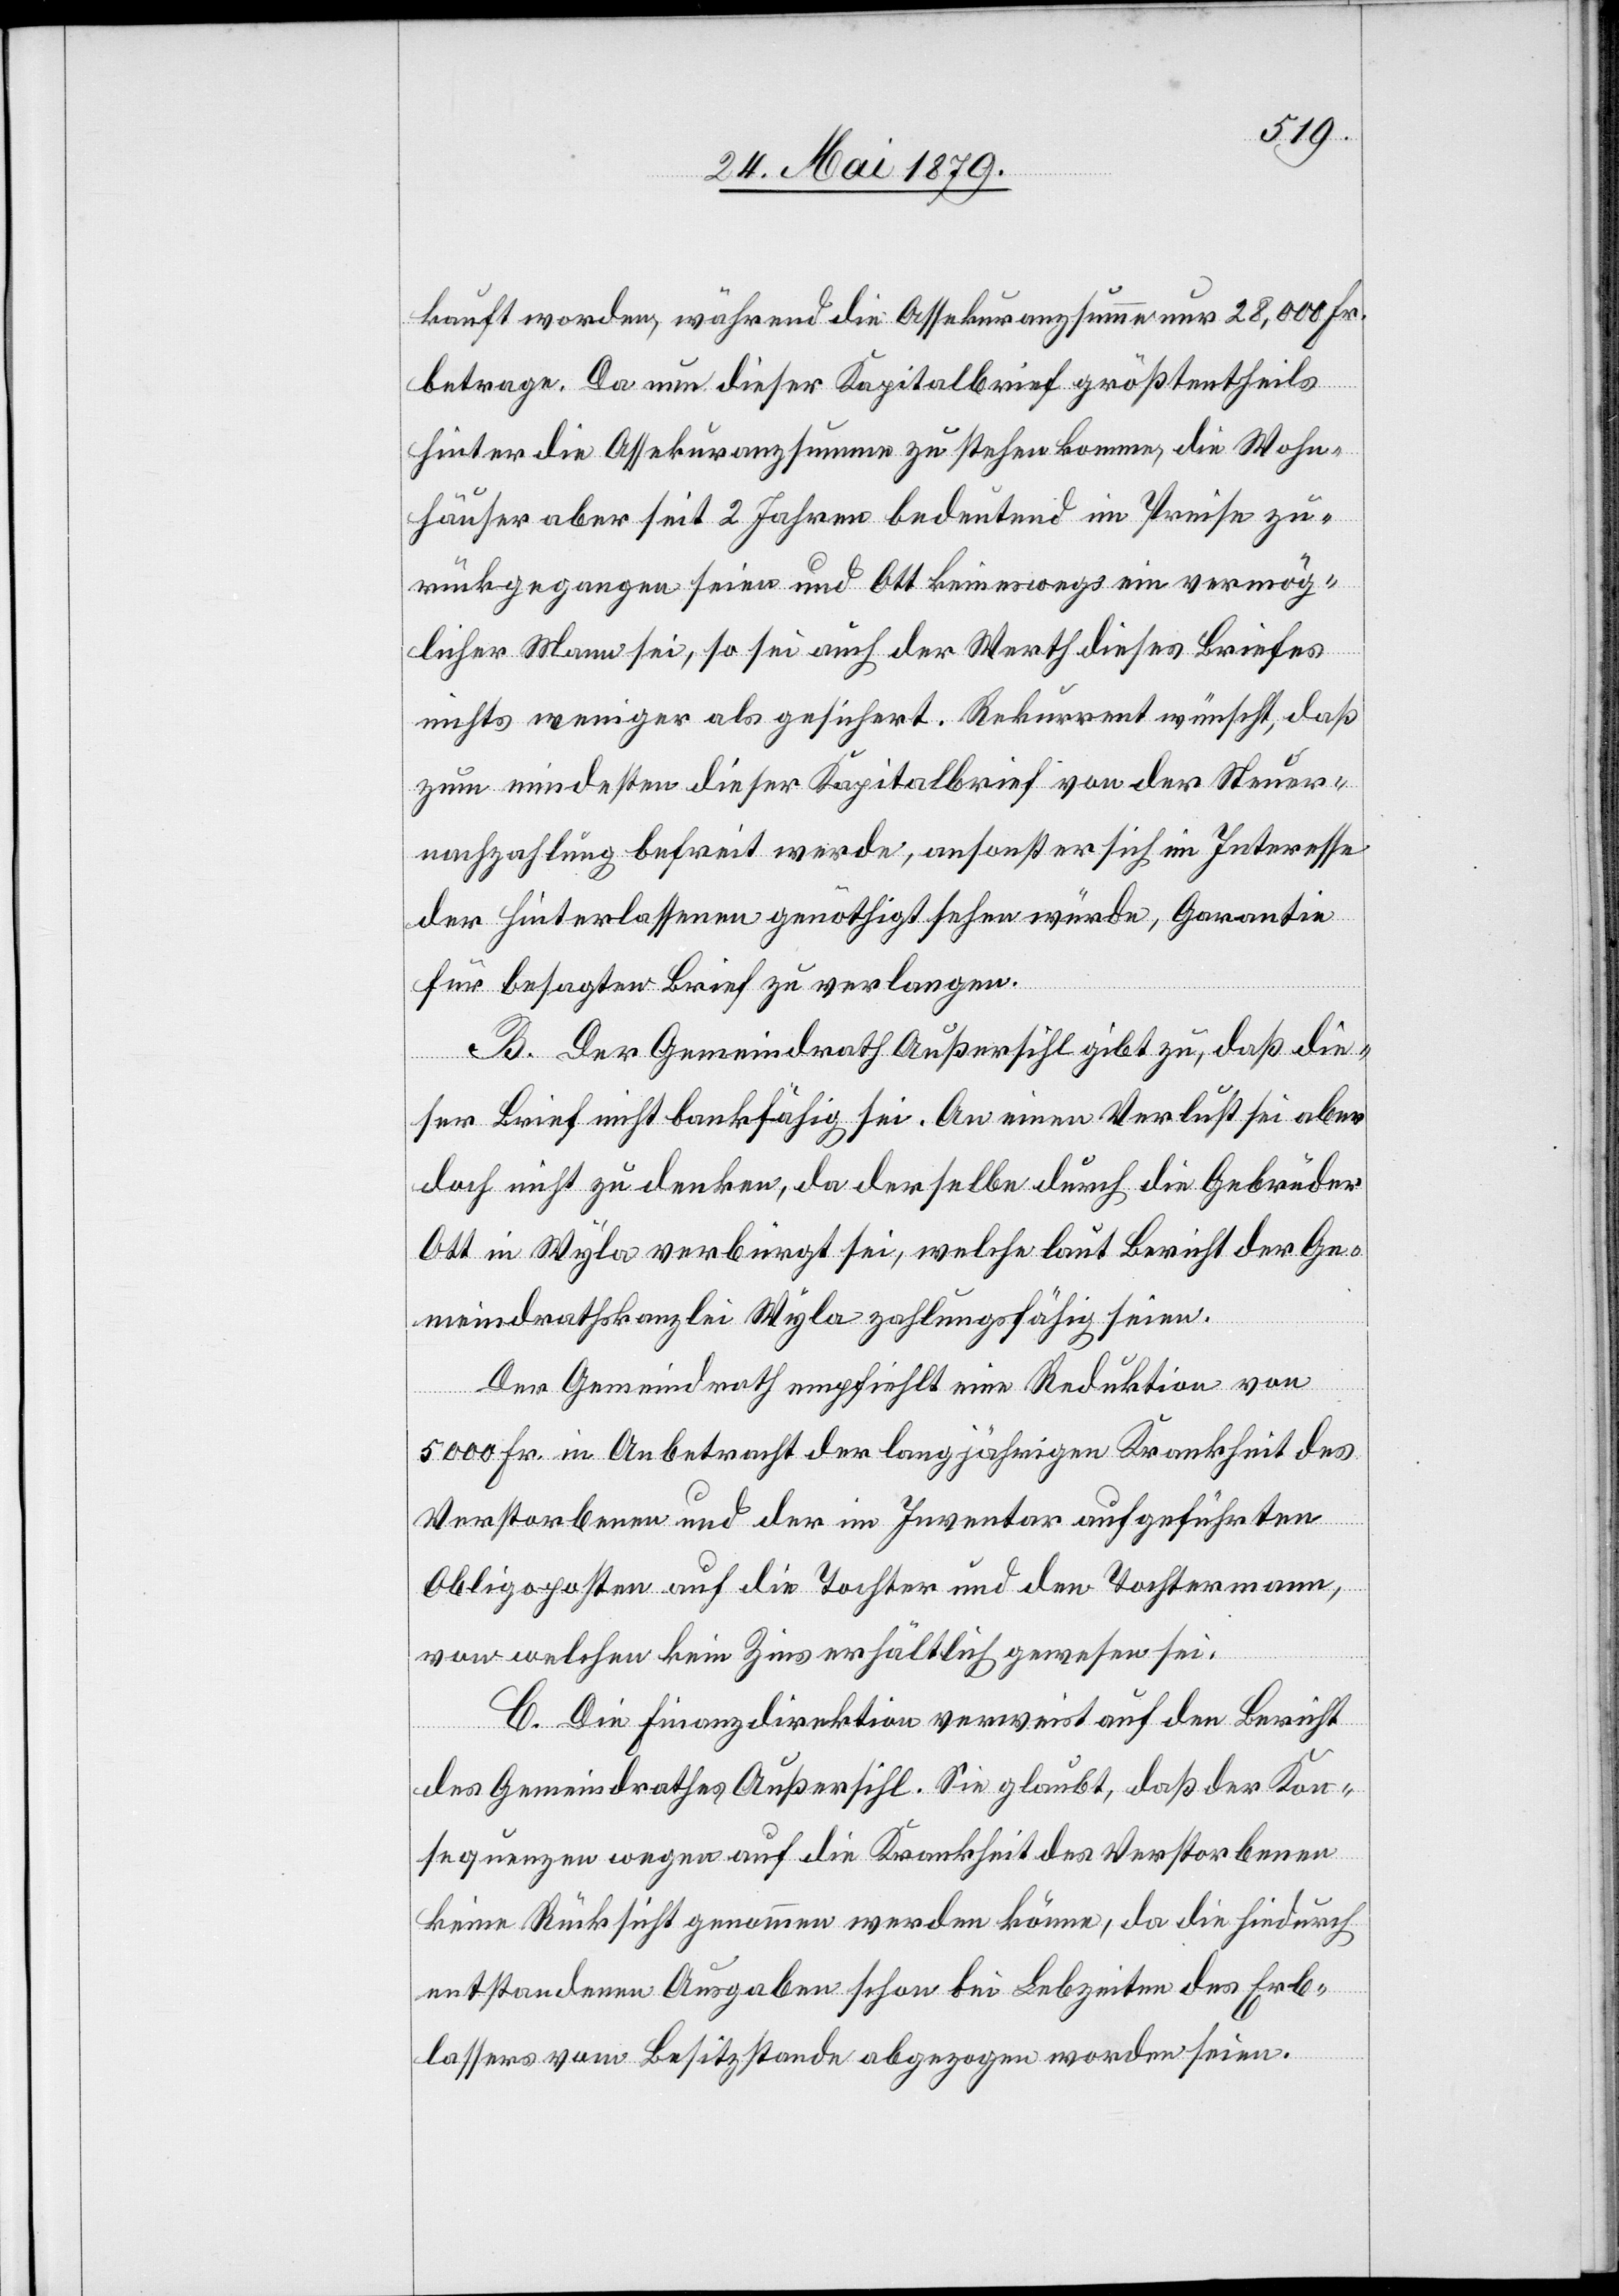
kauft worden, während die Assekuranzsumme nur 28,000 Fr.
betrage. Da nun dieser Kapitalbrief größtentheils
hinter die Assekuranzsumme zu stehen komme, die Wohn¬
häuser aber seit 2 Jahren bedeutend im Preise zu¬
rückgegangen seien und Ott keineswegs ein vermög¬
licher Mann sei, so sei auch der Werth dieses Briefes
nichts weniger als gesichert. Rekurrent wünscht, daß
zum mindesten dieser Kapitalbrief von der Steuer¬
nachzahlung befreit werde, ansonst er sich im Interesse
der Hinterlassenen genöthigt sehen würde, Garantie
für besagten Brief zu verlangen.
B. Der Gemeindrath Außersihl gibt zu, daß die¬
ser Brief nicht bankfähig sei. An einen Verlust sei aber
doch nicht zu denken, da derselbe durch die Gebrüder
Ott in Wyla verbürgt sei, welche laut Bericht der Ge¬
meindrathskanzlei Wyla zahlungsfähig seien.
Der Gemeindrath empfiehlt eine Reduktion von
5000 Fr. in Anbetracht der langjährigen Krankheit des
Verstorbenen und der im Inventar aufgeführten
Obligoposten auf die Tochter und den Tochtermann,
von welchen kein Zins erhältlich gewesen sei.
C. Die Finanzdirektion verweist auf den Bericht
des Gemeindrathes Außersihl. Sie glaubt, daß der Kon¬
sequenzen wegen auf die Krankheit des Verstorbenen
keine Rücksicht genommen werden könne, da die hiedurch
entstandenen Ausgaben schon bei Lebzeiten des Erb¬
lassers vom Besitzstande abgezogen worden seien.